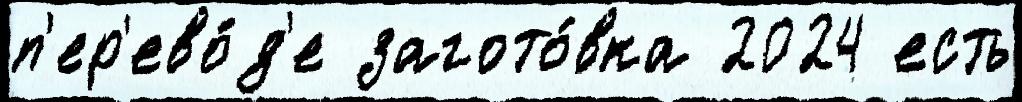
п'ер'ево́д'е загото́вка 2024 есть